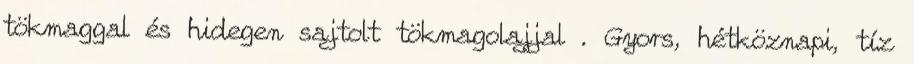
tökmaggal és hidegen sajtolt tökmagolajjal . Gyors, hétköznapi, tíz